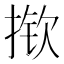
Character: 揿